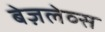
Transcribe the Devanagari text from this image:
बेज़लेव्स